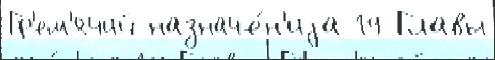
Гр'ем'ячий назначе́н'иjа 19 Главы